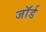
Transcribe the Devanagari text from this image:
जाॅर्ड